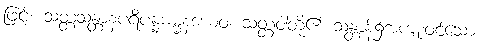
ဖြင့်။ သတ္တသန္တာနပရိပန္နဓမ္မနံယေဝ၊ သတ္တဝါတို့၏ သန္တာန်၌အကျုံးဝင်သော